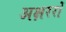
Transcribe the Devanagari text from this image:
अक्षररों